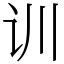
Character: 训